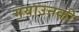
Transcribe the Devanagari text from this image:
गयाउनकी